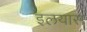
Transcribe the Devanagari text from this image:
इलयास